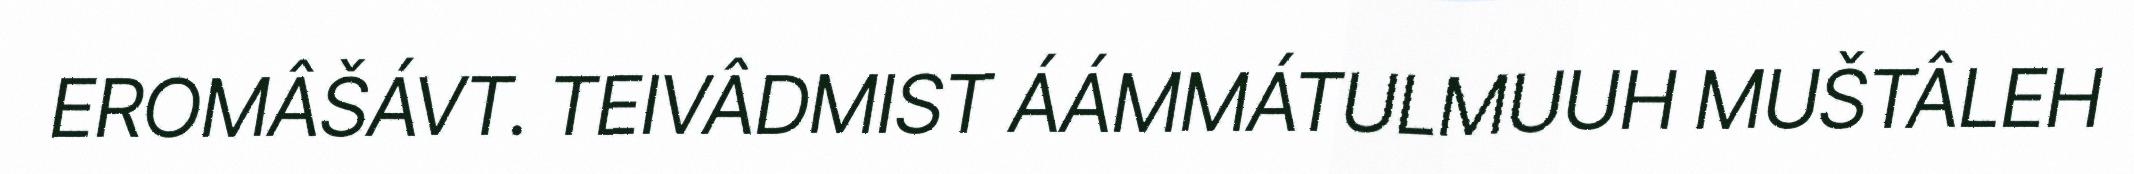
EROMÂŠÁVT. TEIVÂDMIST ÁÁMMÁTULMUUH MUŠTÂLEH